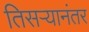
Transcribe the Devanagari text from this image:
तिसऱ्यानंतर